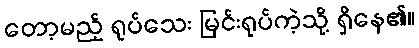
တော့မည့် ရုပ်သေး မြင်းရုပ်ကဲ့သို့ ရှိနေ၏။